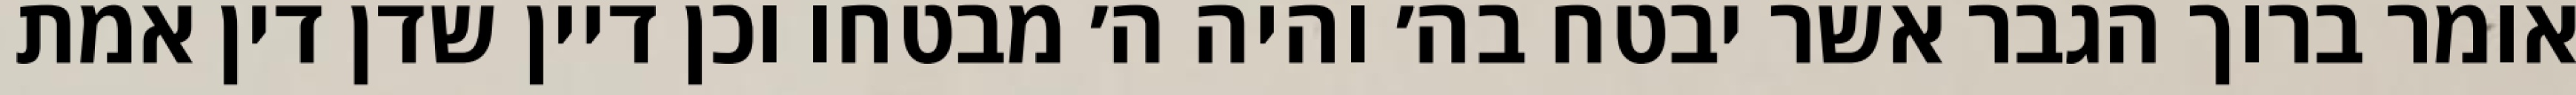
אומר ברוך הגבר אשר יבטח בה׳ והיה ה׳ מבטחו וכן דיין שדן דין אמת